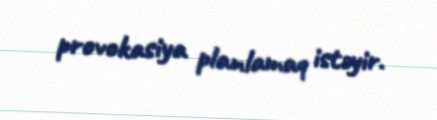
provokasiya planlamaq istəyir.